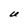
Character: U